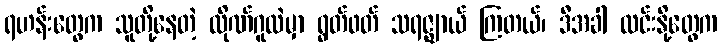
ရဟန်းတွေက သူတို့နေတဲ့ လိုဏ်ဂူထဲမှာ ရွတ်ဖတ် သရဇ္ဈာယ် ကြတယ်၊ ဒီအခါ လင်းနို့တွေက